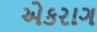
એકરાગ